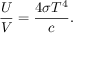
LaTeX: { \frac { U } { V } } = { \frac { 4 \sigma T ^ { 4 } } { c } } .